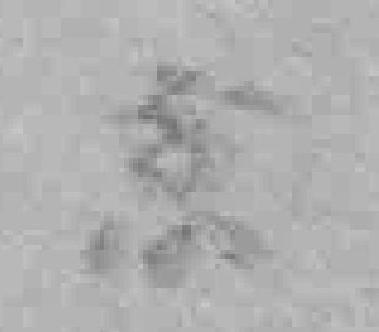
京